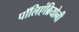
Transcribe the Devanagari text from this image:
पॉलिएंब्रियोनी